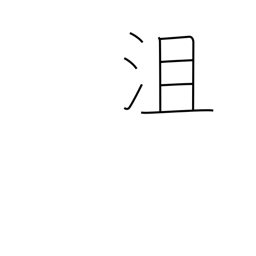
Meaning: defeated